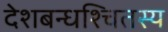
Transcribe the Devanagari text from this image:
देशबन्धश्चितस्य